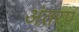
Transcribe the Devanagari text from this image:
अंतरप